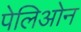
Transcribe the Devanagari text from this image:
पेलिओन